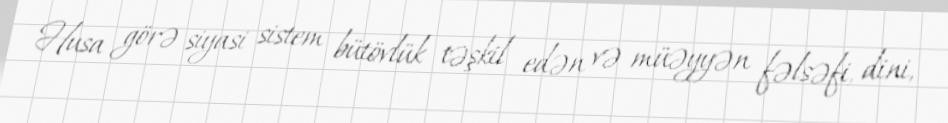
Husa görə siyasi sistem bütövlük təşkil edən və müəyyən fəlsəfi, dini,